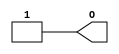
//    Xilinx Proprietary Primitive Cell X_ONE for Verilog
//
// $Header: /devl/xcs/repo/env/Databases/CAEInterfaces/versclibs/data/X_ONE.v,v 1.10 2003/01/21 02:38:37 wloo Exp $
//

`timescale 1 ps/1 ps

module X_ONE (O);

  output O;

  assign O = 1'b1;

endmodule